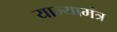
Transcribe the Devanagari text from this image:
याज्यामंत्र